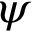
\psi